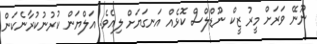
ނޫނޭ ވަރަށް މީރު ޒީކް ނޫޑްލްސް ކޮޅެއް އަނގަޔަށް ލިއެވެ. އަލްޔަން ކުރުނުކުރާނެކަން